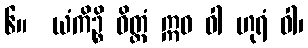
၆။  ယံကိဉ္စိ ဝိတ္တံ ဣဓ ဝါ ဟုရံ ဝါ၊